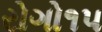
રોગો૧૫